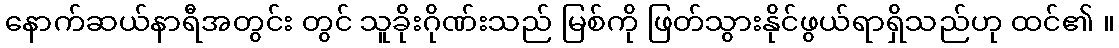
နောက်ဆယ်နာရီအတွင်း တွင် သူခိုးဂိုဏ်းသည် မြစ်ကို ဖြတ်သွားနိုင်ဖွယ်ရာရှိသည်ဟု ထင်၏ ။